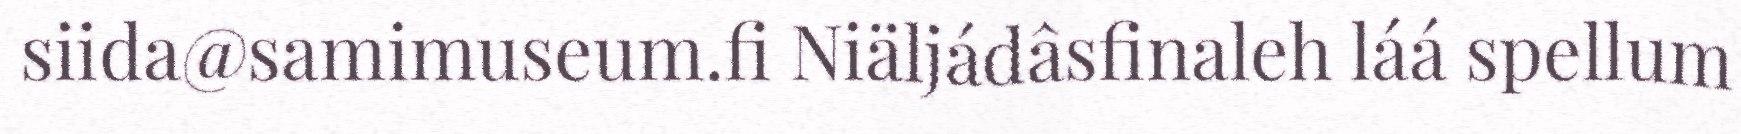
siida@samimuseum.fi Niäljádâsfinaleh láá spellum